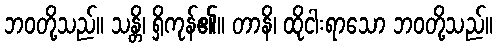
ဘဝတို့သည်။ သန္တိ၊ ရှိကုန်၏။ တာနိ၊ ထိုငါးရာသော ဘဝတို့သည်။